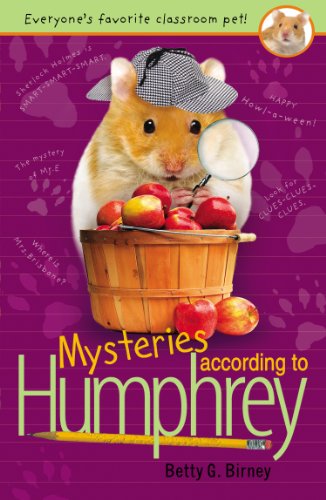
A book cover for Mysteries According to Humphrey; Betty G. Birney; Children's Books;